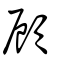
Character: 頋